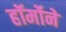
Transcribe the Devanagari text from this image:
हॉर्मोने